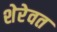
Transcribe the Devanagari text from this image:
शेरेवत